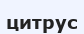
цитрус